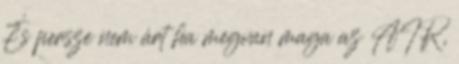
És persze nem árt ha megvan maga az AIR,